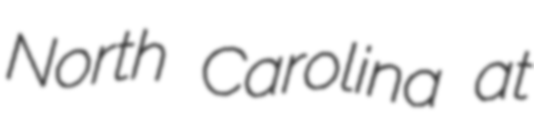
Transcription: North Carolina at